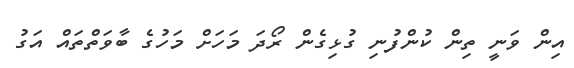
އިން ވަނީ ތިން ކުންފުނި ގުޅިގެން ރޯދަ މަހަށް މަހުގެ ބާވަތްތައް އަގު